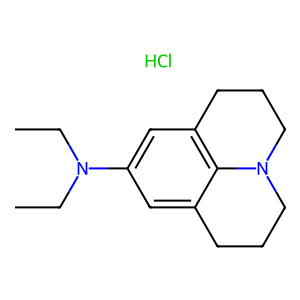
SMILES: CCN(CC)c1cc2c3c(c1)CCCN3CCC2.Cl
Inhibits HIV replication: No